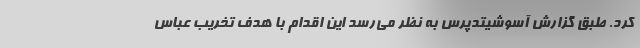
کرد. طبق گزارش آسوشیتدپرس به نظر می‌رسد این اقدام با هدف تخریب عباس